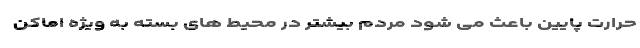
حرارت پایین باعث می شود مردم بیشتر در محیط های بسته به ویژه اماکن